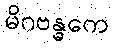
မိဂဗန္ဓကေ